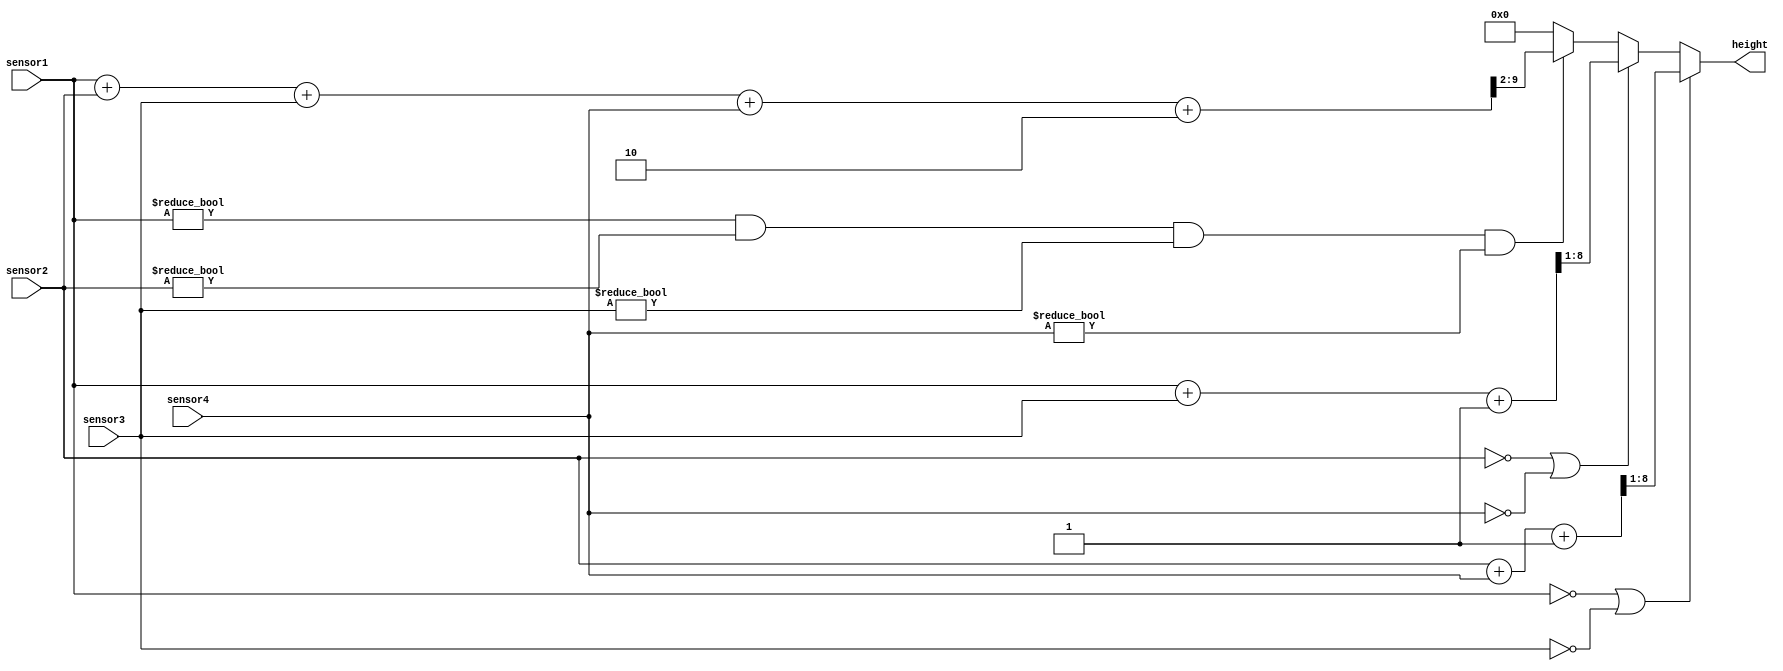
`timescale 1ns / 1ps
//////////////////////////////////////////////////////////////////////////////////
// Company: 
// Engineer: 
// 
// Design Name: 
// Module Name:    sensors_input 
// Project Name: 
// Target Devices: 
// Tool versions: 
// Description: 
//
// Dependencies: 
//
// Revision: 
// Revision 0.01 - File Created
// Additional Comments: 
//
//////////////////////////////////////////////////////////////////////////////////
module sensors_input(
   output reg [7 : 0]   height,
   input    [7 : 0]   sensor1,
   input    [7 : 0]   sensor2,
   input    [7 : 0]   sensor3,
   input    [7 : 0]   sensor4);
	

	reg [9:0] sum; 
	
	always @(*) begin
		height = 8'b0; 
		sum = 8'b0;
		
		if (sensor1 == 8'b0  || sensor3 == 8'b0) begin
			
			sum = sensor2 + sensor4;
			sum = sum + 8'b1;
			height = sum >> 1;
			
		end else if (sensor2 == 8'b0 || sensor4 == 8'b0) begin
		
			sum = sensor1 + sensor3;
			sum = sum + 8'b1;
			height = sum >> 1;
			
		end else if (sensor1 != 8'b0 && sensor2 != 8'b0 && sensor3 != 8'b0 && sensor4 != 8'b0) begin 
		
			sum = sensor1 + sensor2 + sensor3 + sensor4;
			sum = sum + 8'b0010;
			height = sum >> 2;
			
		end
	end
		
endmodule